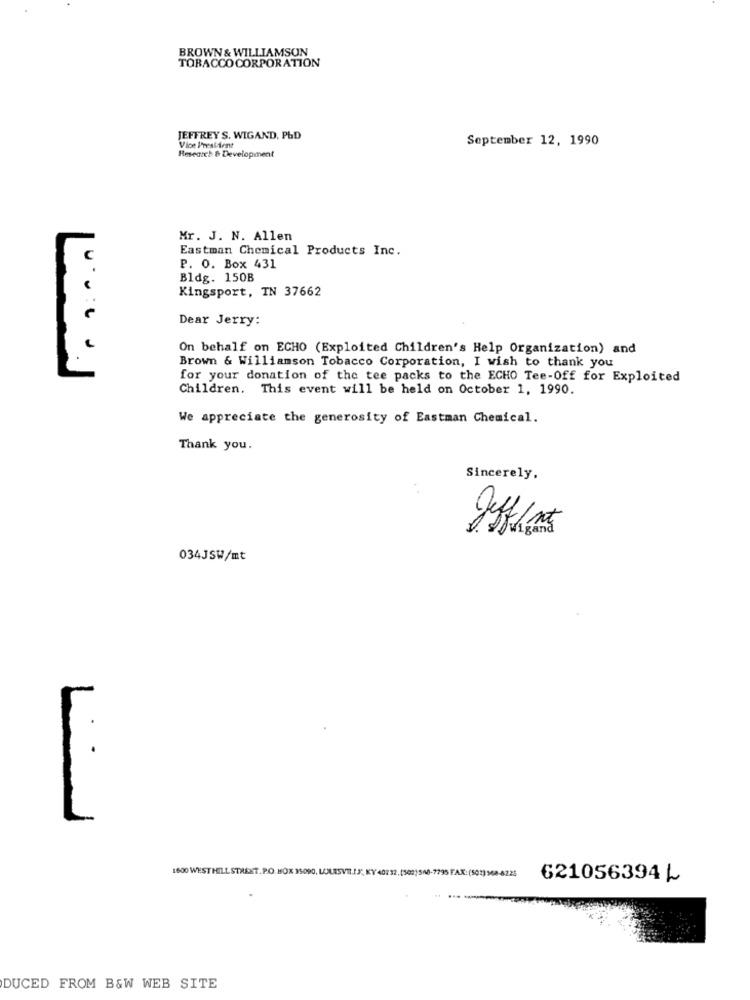
BROWN & WILLIAMSON
TOBACCO CORPORATION
JEFFREY S. WIGAND, PbD
September 12, 1990
Vice President
Research & Development
Mr. J. N. Allen
Eastman Chemical Products Inc.
P. O. Box 431
Bldg. 150B
Kingsport, IN 37662
Dear Jerry:
On behalf on ECHO (Exploited Children's Help Organization) and
Brown & Williamson Tobacco Corporation, I wish to thank you
for your donation of the tee packs to the ECHO Tee-Off for Exploited
Children. This event will be held on October 1, 1990.
We appreciate the generosity of Eastman Chemical.
Thank you.
Sincerely.
034JSW/mt
1600 WEST HILL STREET. P.O. BOX 15090, LOLASVIL.I.S', KY 40232, [502)568-7795 FAX:(5023568-6225
621056394 L
DUCED FROM B&W WEB SITE